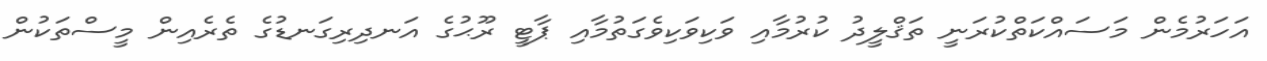
އަހަރުމެން މަސައްކަތްކުރަނީ ތަޤްލީދު ކުރުމާއި ވަކިވަކިވެގަތުމާއި ޕާޓީ ރޫޙުގެ އަނދިރިގަނޑުގެ ތެރެއިން މީސްތަކުން